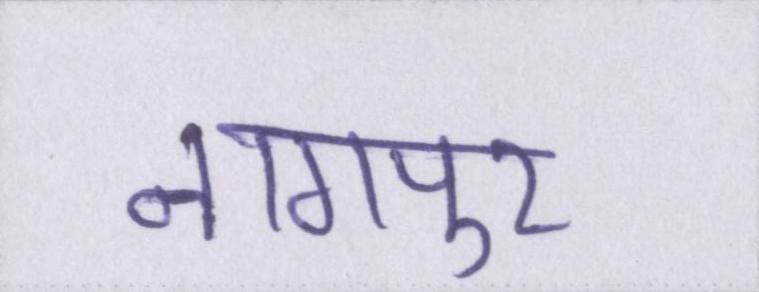
नागपुर